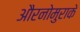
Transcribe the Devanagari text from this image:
औरनोमुराके